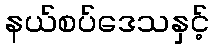
နယ်စပ်ဒေသနှင့်